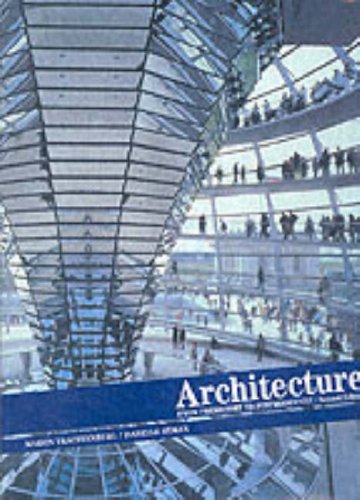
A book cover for Architecture: From Prehistory to Postmodernity, Reprint (2nd Edition); Marvin Trachtenberg; Arts & Photography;